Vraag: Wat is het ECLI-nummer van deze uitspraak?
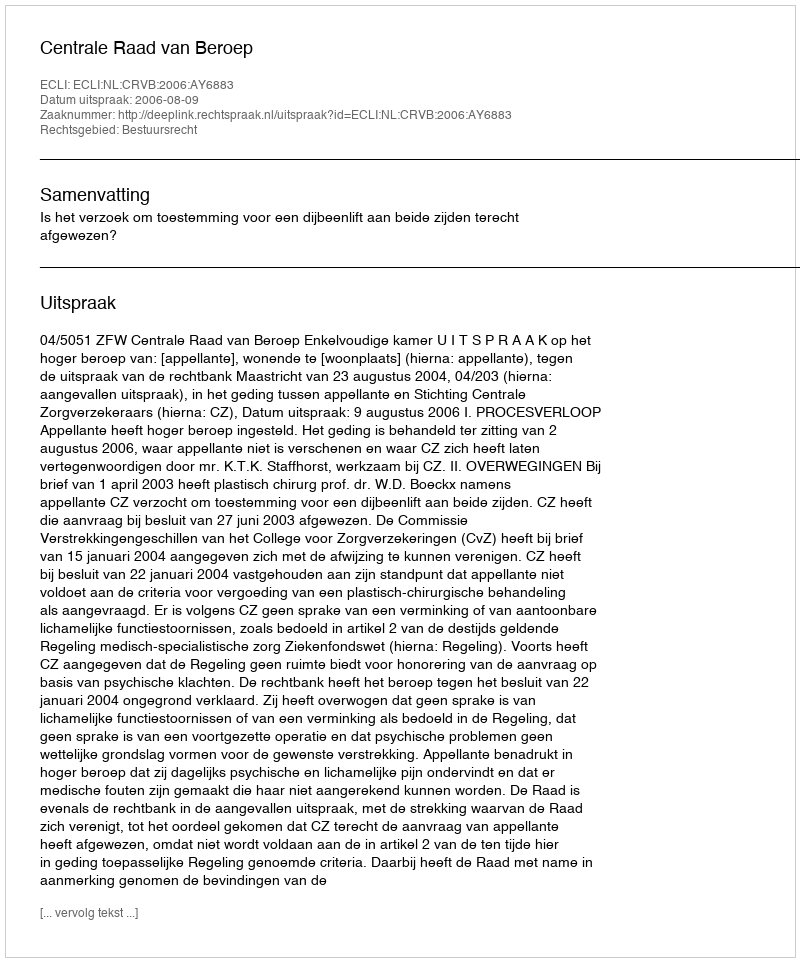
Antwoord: ECLI:NL:CRVB:2006:AY6883